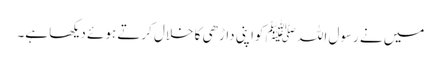
میں نے رسول اللہ ﷺ کواپنی داڑھی کا خلال کرتے ہوئے دیکھا ہے۔